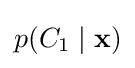
p(C_{1}\mid \mathbf {x} )